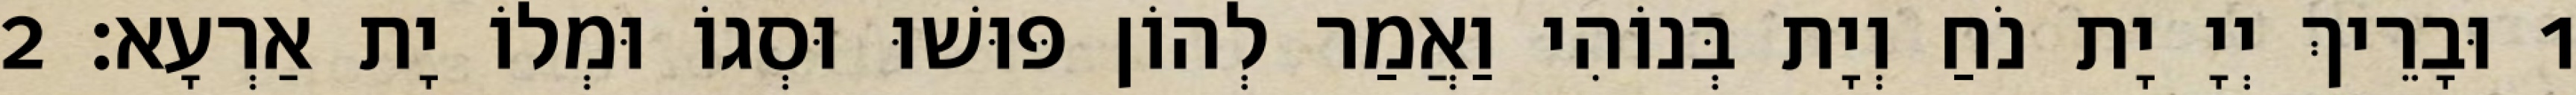
1 וּבָרֵיךְ יְיָ יָת נֹחַ וְיָת בְּנוֹהִי וַאֲמַר לְהוֹן פּוּשׁוּ וּסְגוֹ וּמְלוֹ יָת אַרְעָא׃ 2